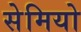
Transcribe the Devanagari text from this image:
सेमियो